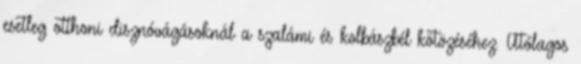
esetleg otthoni disznóvágásoknál a szalámi és kolbászbél kötözéséhez. Utólagos